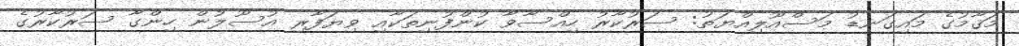
މަޤާމުގެ މައިގަނޑު މަސްއޫލިއްޔަތު: ސަރުކާރު ހިއްސާވާ ކުންފުނިތަކާއި ވިޔަފާރި އުސޫލުން ހިންގާ ސަރުކާރުގެ